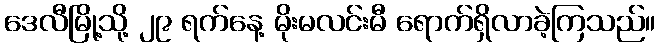
ဒေလီမြို့သို့ ၂၉ ရက်နေ့ မိုးမလင်းမီ ရောက်ရှိလာခဲ့ကြသည်။